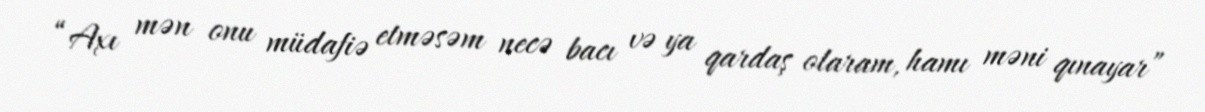
“Axı mən onu müdafiə etməsəm necə bacı və ya qardaş olaram, hamı məni qınayar”